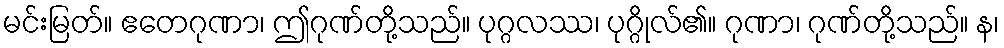
မင်းမြတ်။ ဧတေဂုဏာ၊ ဤဂုဏ်တို့သည်။ ပုဂ္ဂလဿ၊ ပုဂ္ဂိုလ်၏။ ဂုဏာ၊ ဂုဏ်တို့သည်။ န၊